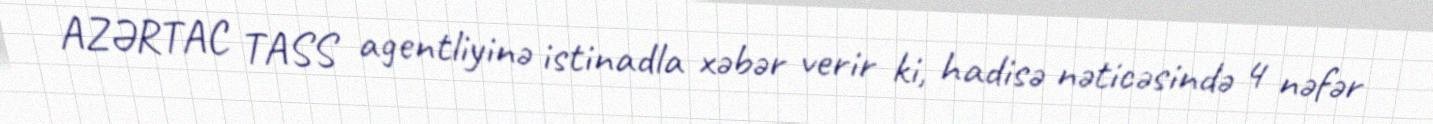
AZƏRTAC TASS agentliyinə istinadla xəbər verir ki, hadisə nəticəsində 4 nəfər